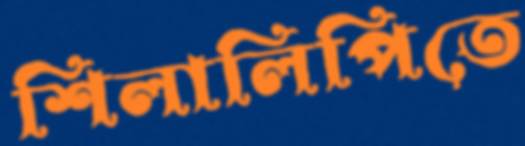
শিলালিপিতে